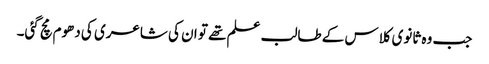
جب وہ ثانوی کلاس کے طالب علم تھے تو ان کی شاعری کی دھوم مچ گئی۔